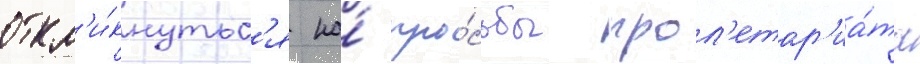
откл'и́кнутьс'я на́ про́сьбы прол'етар'иа́та